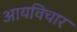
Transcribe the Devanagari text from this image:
आयविचार